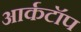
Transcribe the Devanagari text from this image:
आर्कटॉप